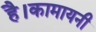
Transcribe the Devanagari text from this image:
है।कामायनी